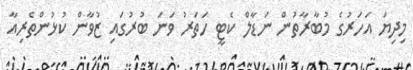
މިދިޔަ އަހަރުގެ މުބާރާތުން ނަޑާލް ކެޓީ ހަތަރު ވަނަ ބުރުގައި ޒުވާން ކުޅުންތެރިއާ